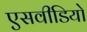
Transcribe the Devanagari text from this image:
एसवीडियो